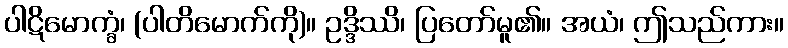
ပါဋိမောက္ခံ၊ (ပါတိမောက်ကို)။ ဥဒ္ဒိဿိ၊ ပြတော်မူ၏။ အယံ၊ ဤသည်ကား။